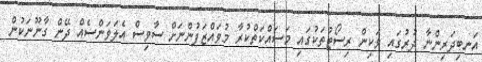
އަނބިދަރިންނާ ދުރުގައި ވަކިން ރިސޯޓުތަކުގައި މަސައްކަތްކުރާ މުވައްޒަފުންނަށް ސާވިސް އެލަވަންސެއް ދޭން ގާނޫނަކުން